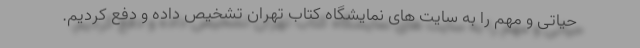
حیاتی و مهم را به سایت های نمایشگاه کتاب تهران تشخیص داده و دفع کردیم.